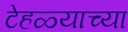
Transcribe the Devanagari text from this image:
टेहळ्याच्या